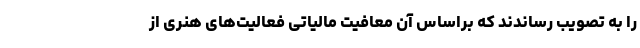
را به تصویب رساندند که براساس آن­ معافیت مالیاتی فعالیت‌های هنری از